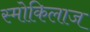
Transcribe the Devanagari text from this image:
स्मोकिलाज